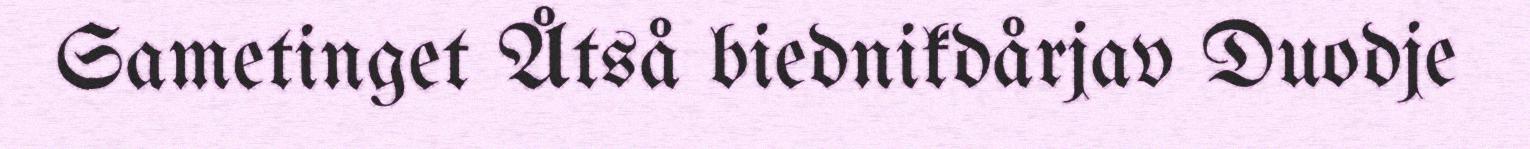
Sametinget Åtså biednikdårjav Duodje